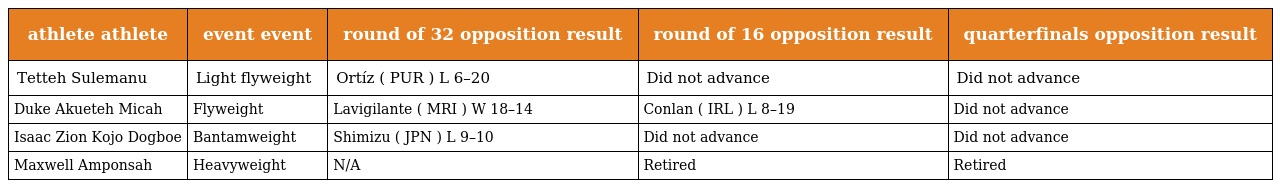
| athlete athlete | event event | round of 32 opposition result | round of 16 opposition result | quarterfinals opposition result |
 | --- | --- | --- | --- | --- |
 | Tetteh Sulemanu | Light flyweight | Ortíz ( PUR ) L 6–20 | Did not advance | Did not advance |
 | Duke Akueteh Micah | Flyweight | Lavigilante ( MRI ) W 18–14 | Conlan ( IRL ) L 8–19 | Did not advance |
 | Isaac Zion Kojo Dogboe | Bantamweight | Shimizu ( JPN ) L 9–10 | Did not advance | Did not advance |
 | Maxwell Amponsah | Heavyweight | N/A | Retired | Retired |